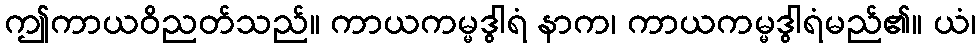
ဤကာယဝိညတ်သည်။ ကာယကမ္မဒွါရံ နာက၊ ကာယကမ္မဒွါရံမည်၏။ ယံ၊